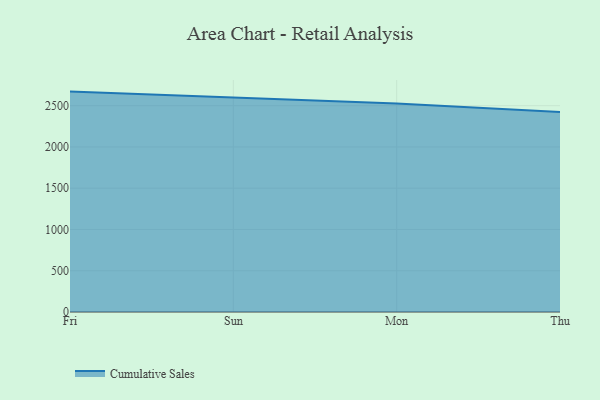
{"axis": {"x": "Day", "y": "Demand Index"}, "legend": ["Cumulative Sales"], "data": [{"x": "Fri", "y": 2670.7, "type": "Cumulative Sales"}, {"x": "Sun", "y": 2596.3, "type": "Cumulative Sales"}, {"x": "Mon", "y": 2527.5, "type": "Cumulative Sales"}, {"x": "Thu", "y": 2422.2, "type": "Cumulative Sales"}]}